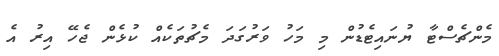
މެންޗެސްޓާ ޔުނައިޓެޑުން މި މަހު ވަރުގަދަ މެޗުތަކެއް ކުޅެން ޖެހޭ އިރު އެ